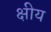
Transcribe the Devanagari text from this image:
क्षीय